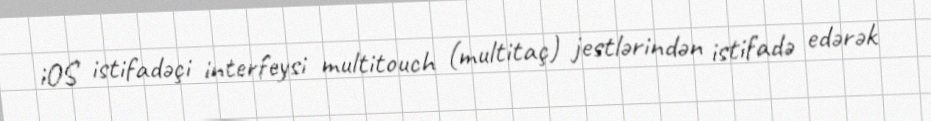
iOS istifadəçi interfeysi multitouch (multitaç) jestlərindən istifadə edərək